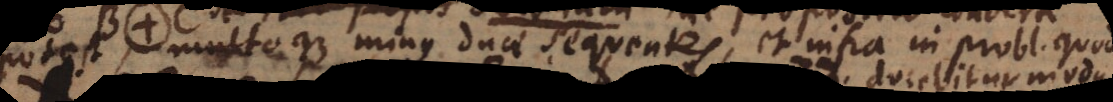
potest, multoque minus duae sequentes, et infra in problemate quod